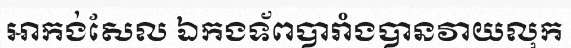
អាកង់សែល ឯកងទ័ពបារាំងបានវាយលុក